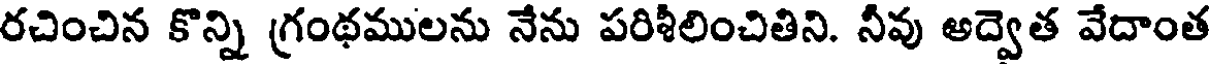
రచించిన కొన్ని గ్రంథములను నేను పరిశీలించితిని. నీవు అద్వెత వేదాంత